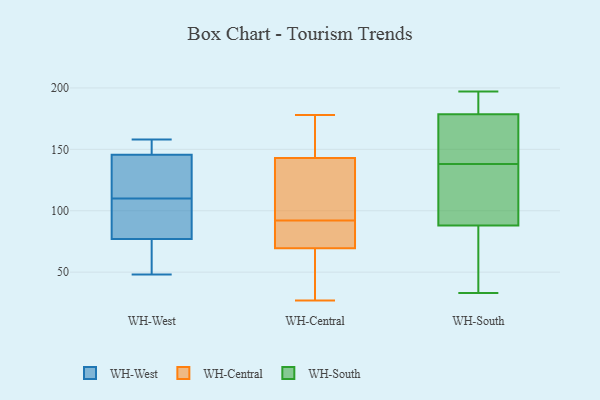
{"axis": {"x": "Energy Usage (MWh)", "y": "Value"}, "legend": ["WH-Central", "WH-South", "WH-West"], "data": [{"x": "", "y": 82, "type": "WH-West"}, {"x": "", "y": 147, "type": "WH-West"}, {"x": "", "y": 117, "type": "WH-West"}, {"x": "", "y": 54, "type": "WH-West"}, {"x": "", "y": 139, "type": "WH-West"}, {"x": "", "y": 103, "type": "WH-West"}, {"x": "", "y": 91, "type": "WH-West"}, {"x": "", "y": 48, "type": "WH-West"}, {"x": "", "y": 158, "type": "WH-West"}, {"x": "", "y": 126, "type": "WH-West"}, {"x": "", "y": 144, "type": "WH-West"}, {"x": "", "y": 57, "type": "WH-West"}, {"x": "", "y": 155, "type": "WH-West"}, {"x": "", "y": 72, "type": "WH-West"}, {"x": "", "y": 85, "type": "WH-West"}, {"x": "", "y": 152, "type": "WH-West"}, {"x": "", "y": 155, "type": "WH-Central"}, {"x": "", "y": 138, "type": "WH-Central"}, {"x": "", "y": 32, "type": "WH-Central"}, {"x": "", "y": 139, "type": "WH-Central"}, {"x": "", "y": 71, "type": "WH-Central"}, {"x": "", "y": 129, "type": "WH-Central"}, {"x": "", "y": 80, "type": "WH-Central"}, {"x": "", "y": 39, "type": "WH-Central"}, {"x": "", "y": 122, "type": "WH-Central"}, {"x": "", "y": 178, "type": "WH-Central"}, {"x": "", "y": 92, "type": "WH-Central"}, {"x": "", "y": 27, "type": "WH-Central"}, {"x": "", "y": 82, "type": "WH-Central"}, {"x": "", "y": 86, "type": "WH-Central"}, {"x": "", "y": 65, "type": "WH-Central"}, {"x": "", "y": 157, "type": "WH-Central"}, {"x": "", "y": 157, "type": "WH-Central"}, {"x": "", "y": 138, "type": "WH-South"}, {"x": "", "y": 177, "type": "WH-South"}, {"x": "", "y": 67, "type": "WH-South"}, {"x": "", "y": 191, "type": "WH-South"}, {"x": "", "y": 197, "type": "WH-South"}, {"x": "", "y": 100, "type": "WH-South"}, {"x": "", "y": 33, "type": "WH-South"}, {"x": "", "y": 125, "type": "WH-South"}, {"x": "", "y": 179, "type": "WH-South"}, {"x": "", "y": 170, "type": "WH-South"}, {"x": "", "y": 84, "type": "WH-South"}]}